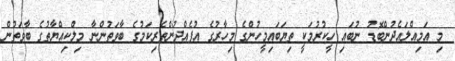
މި އަމިއްލައެދުންބޮޑު ނުބައި ހީކުރުމަކީ ތިޔަބައިމީހުންގެ މިހާރުގެ އުފެއްދުންތެރިކަމުގެ ބާވަތުންނާ މިލްކިއްޔާތުގެ ބާވަތުން